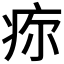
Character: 𤵜